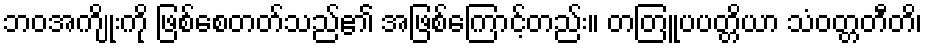
ဘဝအကျိုးကို ဖြစ်စေတတ်သည်၏ အဖြစ်ကြောင့်တည်း။ တတြူပပတ္တိယာ သံဝတ္တတီတိ၊